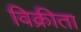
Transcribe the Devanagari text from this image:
विक्रीता